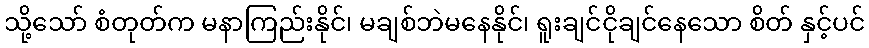
သို့သော် စံတုတ်က မနာကြည်းနိုင်၊ မချစ်ဘဲမနေနိုင်၊ ရူးချင်ငိုချင်နေသော စိတ် နှင့်ပင်